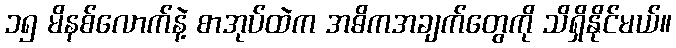
၁၅ မိနစ်လောက်နဲ့ စာအုပ်ထဲက အဓိကအချက်တွေကို သိရှိနိုင်မယ်။